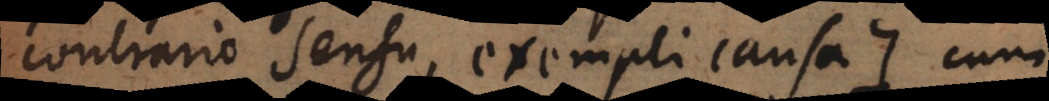
contrario sensu, exempli causa +) cum